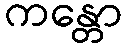
ကန္တော